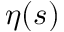
\eta ( s )